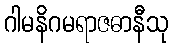
ဂါမနိဂမရာဇဓာနီသု